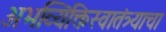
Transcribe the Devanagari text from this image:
अभव्यिक्तिस्वातंत्र्याचा